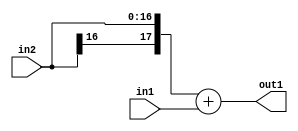
`timescale 1ps / 1ps
/*****************************************************************************
    Verilog RTL Description
    
    
    Created by: Stratus DpOpt 2019.1.01 
*******************************************************************************/

module st_weight_addr_gen_Add_17Sx9U_18S_4_7 (
	in2,
	in1,
	out1
	); /* architecture "behavioural" */ 
input [16:0] in2;
input [8:0] in1;
output [17:0] out1;
wire [17:0] asc001;

assign asc001 = 
	+({in2[16], in2})
	+(in1);

assign out1 = asc001;
endmodule

/* CADENCE  ubTxQwA= : u9/ySgnWtBlWxVPRXgAZ4Og= ** DO NOT EDIT THIS LINE ******/